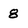
Character: 8